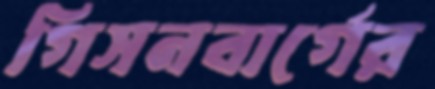
গিসনবার্গের